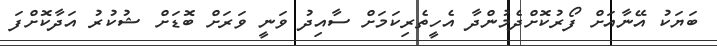
ބަޔަކު އޭނާއަށް ފޯރުކޮށްދެމުންދާ އެހީތެރިކަމަށް ސާއިދު ވަނީ ވަރަށް ބޮޑަށް ޝުކުރު އަދާކޮށްފަ